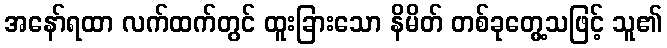
အနော်ရထာ လက်ထက်တွင် ထူးခြားသော နိမိတ် တစ်ခုတွေ့သဖြင့် သူ၏